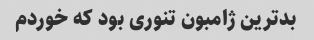
بدترین ژامبون تنوری بود که خوردم